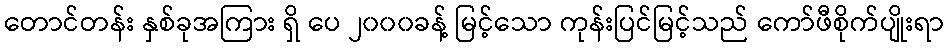
တောင်တန်း နှစ်ခုအကြား ရှိ ပေ ၂၀၀၀ခန့် မြင့်သော ကုန်းပြင်မြင့်သည် ကော်ဖီစိုက်ပျိုးရာ